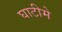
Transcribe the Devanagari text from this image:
घाटीमे